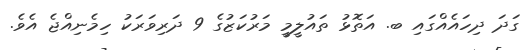
ގަދަ ދިހައެއްގައި ބ. އަތޮޅު ތައުލީމީ މަރުކަޒުގެ 9 ދަރިވަރަކު ހިމެނިއްޖެ އެވެ.